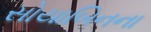
સોયાબિનના